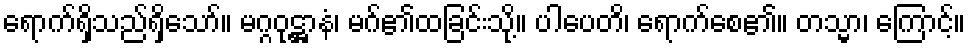
ရောက်ရှိသည်ရှိသော်။ မဂ္ဂဝုဋ္ဌာနံ၊ မဂ်၏ထခြင်းသို့။ ပါပေတိ၊ ရောက်စေ၏။ တသ္မာ၊ ကြောင့်။